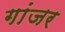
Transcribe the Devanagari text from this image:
गांजर